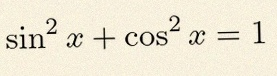
\sin^2x+\cos^2x=1